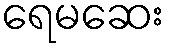
ရေမဆေး